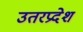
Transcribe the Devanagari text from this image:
उतरप्रदेश